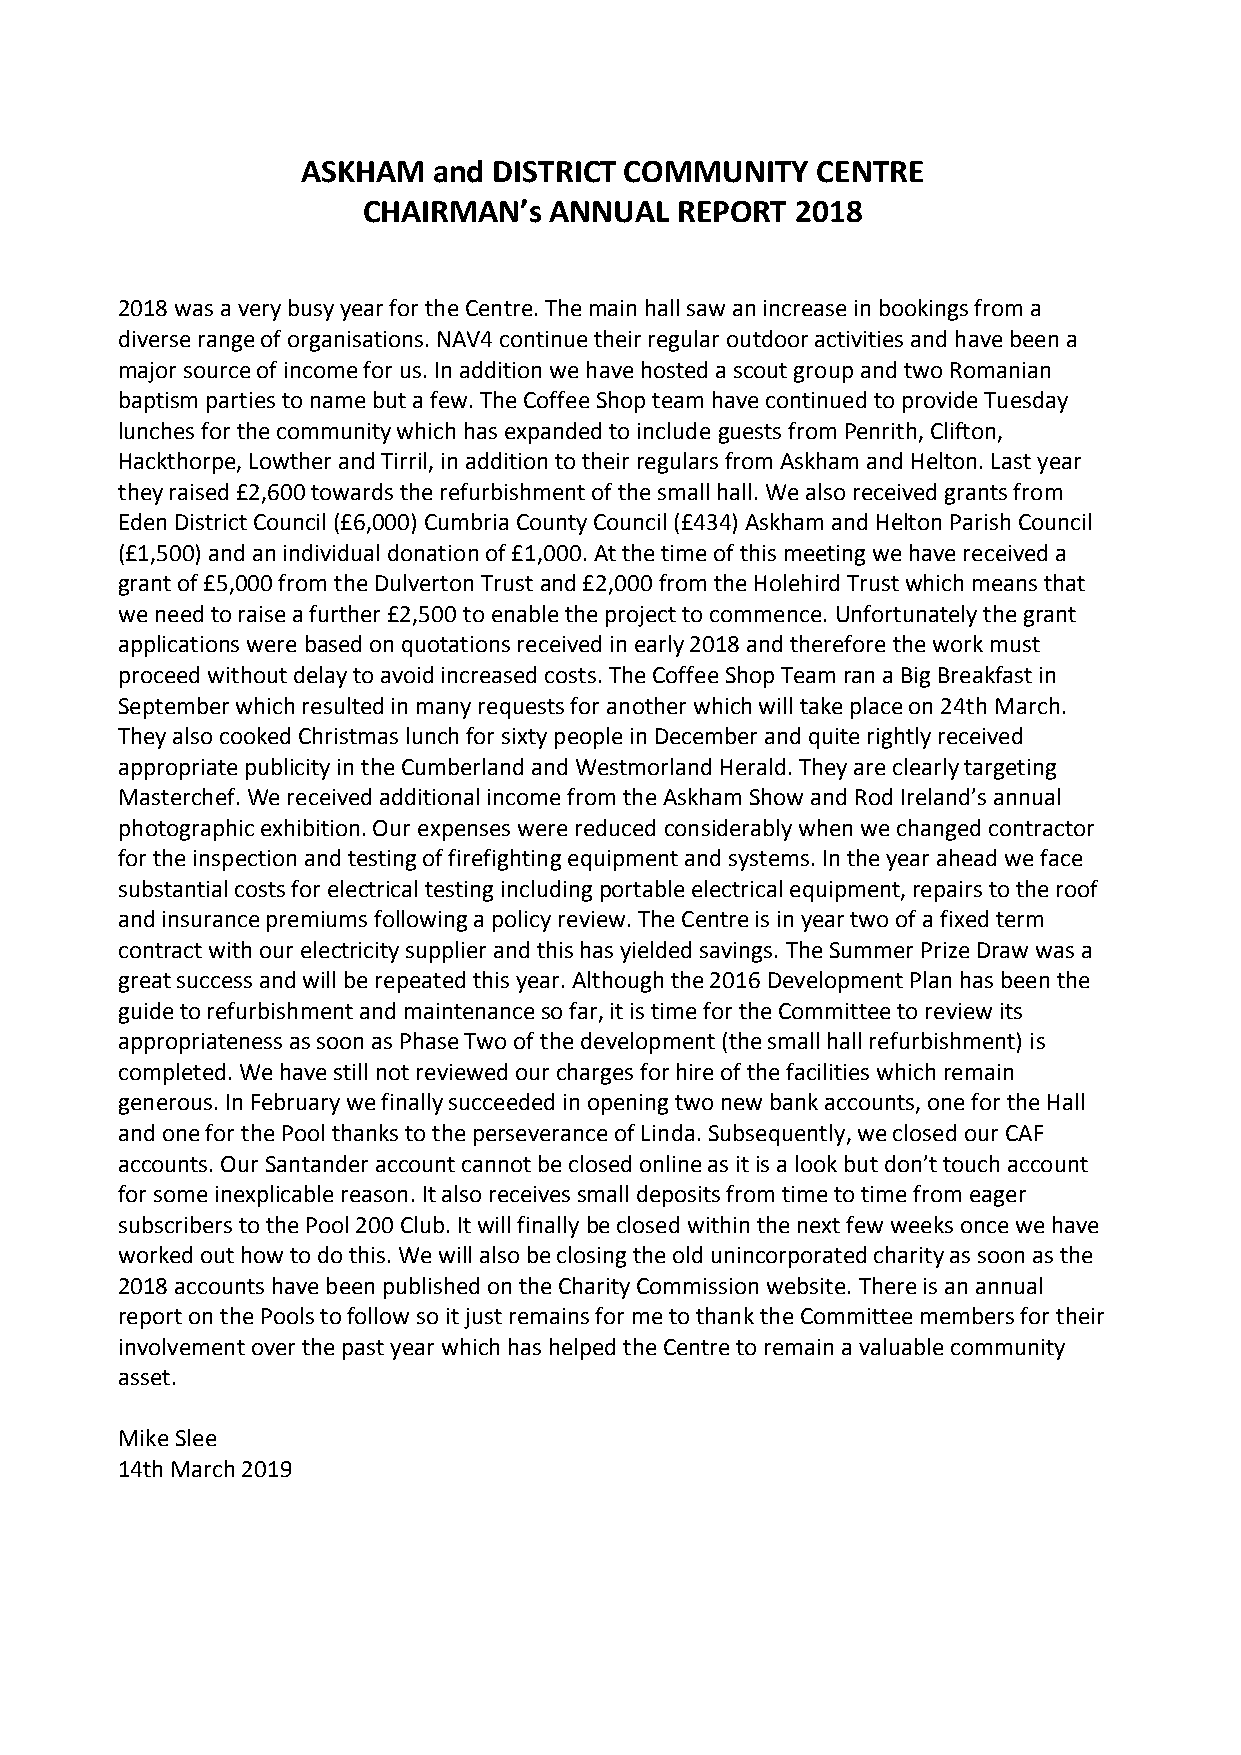
ASKHAM   and DISTRICT COMMUNITY   CENTRE
 CHAIRMAN’s  ANNUAL   REPORT  2018
 2018 was a very busy year for the Centre. The main hall saw an increase in bookings from a
 diverse range of organisations. NAV4 continue their regular outdoor activities and have been a
 major source of income for us. In addition we have hosted a scout group and two Romanian
 baptism parties to name but a few. The Coffee Shop team have continued to provide Tuesday
 lunches for the community which has expanded to include guests from Penrith, Clifton,
 Hackthorpe, Lowther and Tirril, in addition to their regulars from Askham and Helton. Last year
 they raised £2,600 towards the refurbishment of the small hall. We also received grants from
 Eden District Council (£6,000) Cumbria County Council (£434) Askham and Helton Parish Council
 (£1,500) and an individual donation of £1,000. At the time of this meeting we have received a
 grant of £5,000 from the Dulverton Trust and £2,000 from the Holehird Trust which means that
 we need to raise a further £2,500 to enable the project to commence. Unfortunately the grant
 applications were based on quotations received in early 2018 and therefore the work must
 proceed without delay to avoid increased costs. The Coffee Shop Team ran a Big Breakfast in
 September which resulted in many requests for another which will take place on 24th March.
 They also cooked Christmas lunch for sixty people in December and quite rightly received
 appropriate publicity in the Cumberland and Westmorland Herald. They are clearly targeting
 Masterchef. We received additional income from the Askham Show and Rod Ireland’s annual
 photographic exhibition. Our expenses were reduced considerably when we changed contractor
 for the inspection and testing of firefighting equipment and systems. In the year ahead we face
 substantial costs for electrical testing including portable electrical equipment, repairs to the roof
 and insurance premiums following a policy review. The Centre is in year two of a fixed term
 contract with our electricity supplier and this has yielded savings. The Summer Prize Draw was a
 great success and will be repeated this year. Although the 2016 Development Plan has been the
 guide to refurbishment and maintenance so far, it is time for the Committee to review its
 appropriateness as soon as Phase Two of the development (the small hall refurbishment) is
 completed. We have still not reviewed our charges for hire of the facilities which remain
 generous. In February we finally succeeded in opening two new bank accounts, one for the Hall
 and one for the Pool thanks to the perseverance of Linda. Subsequently, we closed our CAF
 accounts. Our Santander account cannot be closed online as it is a look but don’t touch account
 for some inexplicable reason. It also receives small deposits from time to time from eager
 subscribers to the Pool 200 Club. It will finally be closed within the next few weeks once we have
 worked out how to do this. We will also be closing the old unincorporated charity as soon as the
 2018 accounts have been published on the Charity Commission website. There is an annual
 report on the Pools to follow so it just remains for me to thank the Committee members for their
 involvement over the past year which has helped the Centre to remain a valuable community
 asset.
 Mike Slee
 14th March 2019